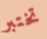
تختبر